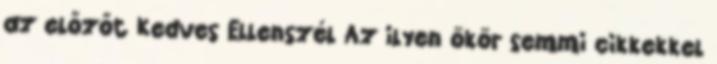
az előzőt Kedves Ellenszél Az ilyen ökör semmi cikkekkel